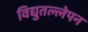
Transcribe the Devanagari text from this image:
विद्युतल्लेपन